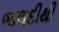
જલદીથી